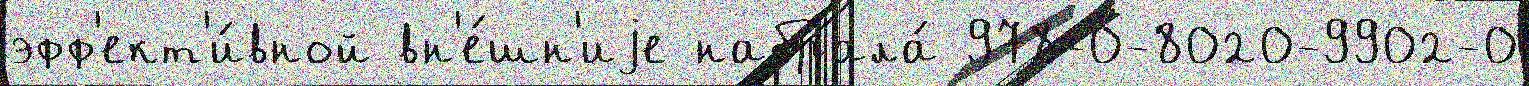
эфф'ект'и́вной вн'е́шн'иjе набрала́ 978-0-8020-9902-0